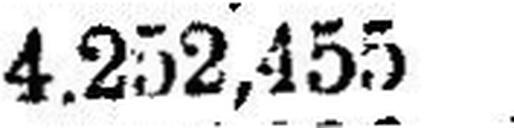
4.252,455